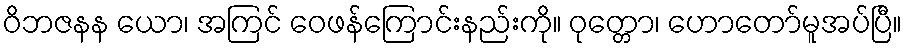
ဝိဘဇနန ယော၊ အကြင် ဝေဖန်ကြောင်းနည်းကို။ ဝုတ္တော၊ ဟောတော်မူအပ်ပြီ။